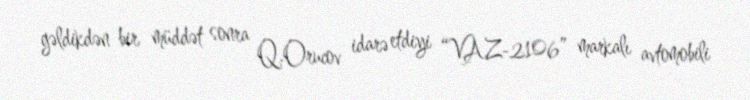
gəldikdən bir müddət sonra Q.Orucov idarə etdiyi “VAZ-2106” markalı avtomobili